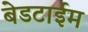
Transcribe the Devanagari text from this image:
बेडटाईम